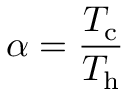
\alpha = \frac { T _ { \mathrm { c } } } { T _ { \mathrm { h } } }